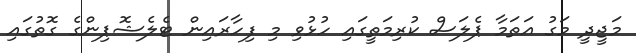
މަޖީދީ މަގު އަތަމާ ޕެލަސް ކުރިމަތީގައި ހުޅުވި މި ފިހާރައިން ޓެލެޝޮޕިންގެ ގޮތުގައި